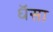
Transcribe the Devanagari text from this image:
धॅसा